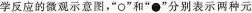
学反应的微观示意图，”O”和”●”分别表示两种元